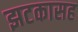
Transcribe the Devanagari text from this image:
झटकासह